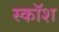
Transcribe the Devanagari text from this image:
स्कॉश